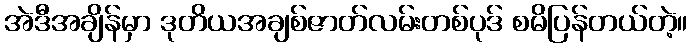
အဲဒီအချိန်မှာ ဒုတိယအချစ်ဇာတ်လမ်းတစ်ပုဒ် စမိပြန်တယ်တဲ့။